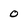
Character: 0